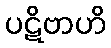
ပဋိဗာဟိ